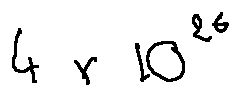
4 \times 1 0 ^ { 2 6 }